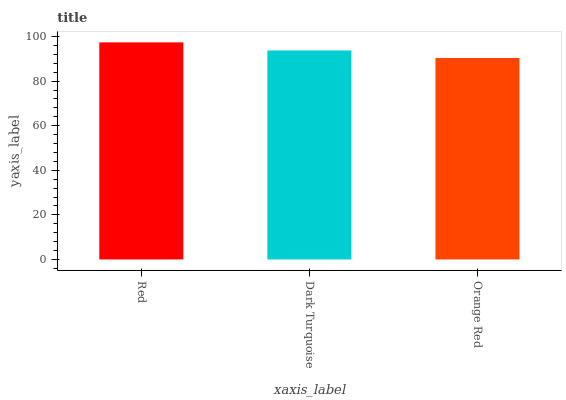
| xaxis_label | bars |
 | --- | --- |
 | Red | 97.4 |
 | Dark Turquoise | 93.7 |
 | Orange Red | 90.4 |